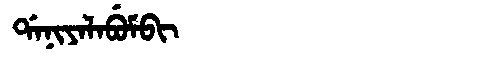
Manchu: ᡩᠠᠨᡳᠶᠠᠯᠠᠪᡠᠮᠪᡳ
Romanization: DANIYALABUMBI